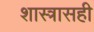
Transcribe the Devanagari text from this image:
शास्त्रासही